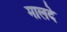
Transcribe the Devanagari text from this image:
मालदे